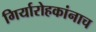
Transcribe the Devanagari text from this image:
गिर्यारोहकांनाच